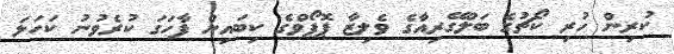
ކުރިން ހުރި ކޯޗުގެ ބަލްގޭރިއާގެ ވެލިޒާ ޕޮޕޯވްގެ ކިބައިން ފާހަގަ ކުރެވުނު ކަހަލަ